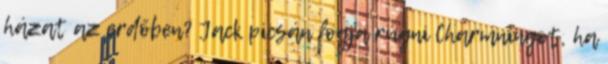
házat az erdőben? Jack picsán fogja rúgni Charmningot, ha